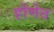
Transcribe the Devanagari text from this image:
होणेच